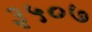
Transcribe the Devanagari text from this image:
३५०७